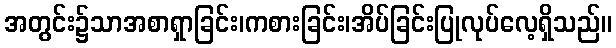
အတွင်း၌သာအစာရှာခြင်း၊ကစားခြင်း၊အိပ်ခြင်းပြုလုပ်လေ့ရှိသည်။